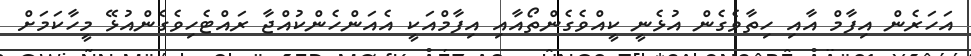
އަހަރެން އިފާމް އާއި ހިތާވެގެން އުޅެނީ ކީއްވެގެންތޯއާއި އިފާމްއަކީ އެއަންހެންކުއްޖާ ރައްޓެހިވެގެންއުޅޭ މީހާކަމަށް